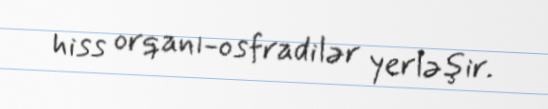
hiss orqanı-osfradilər yerləşir.